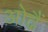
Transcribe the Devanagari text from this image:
ओढैं